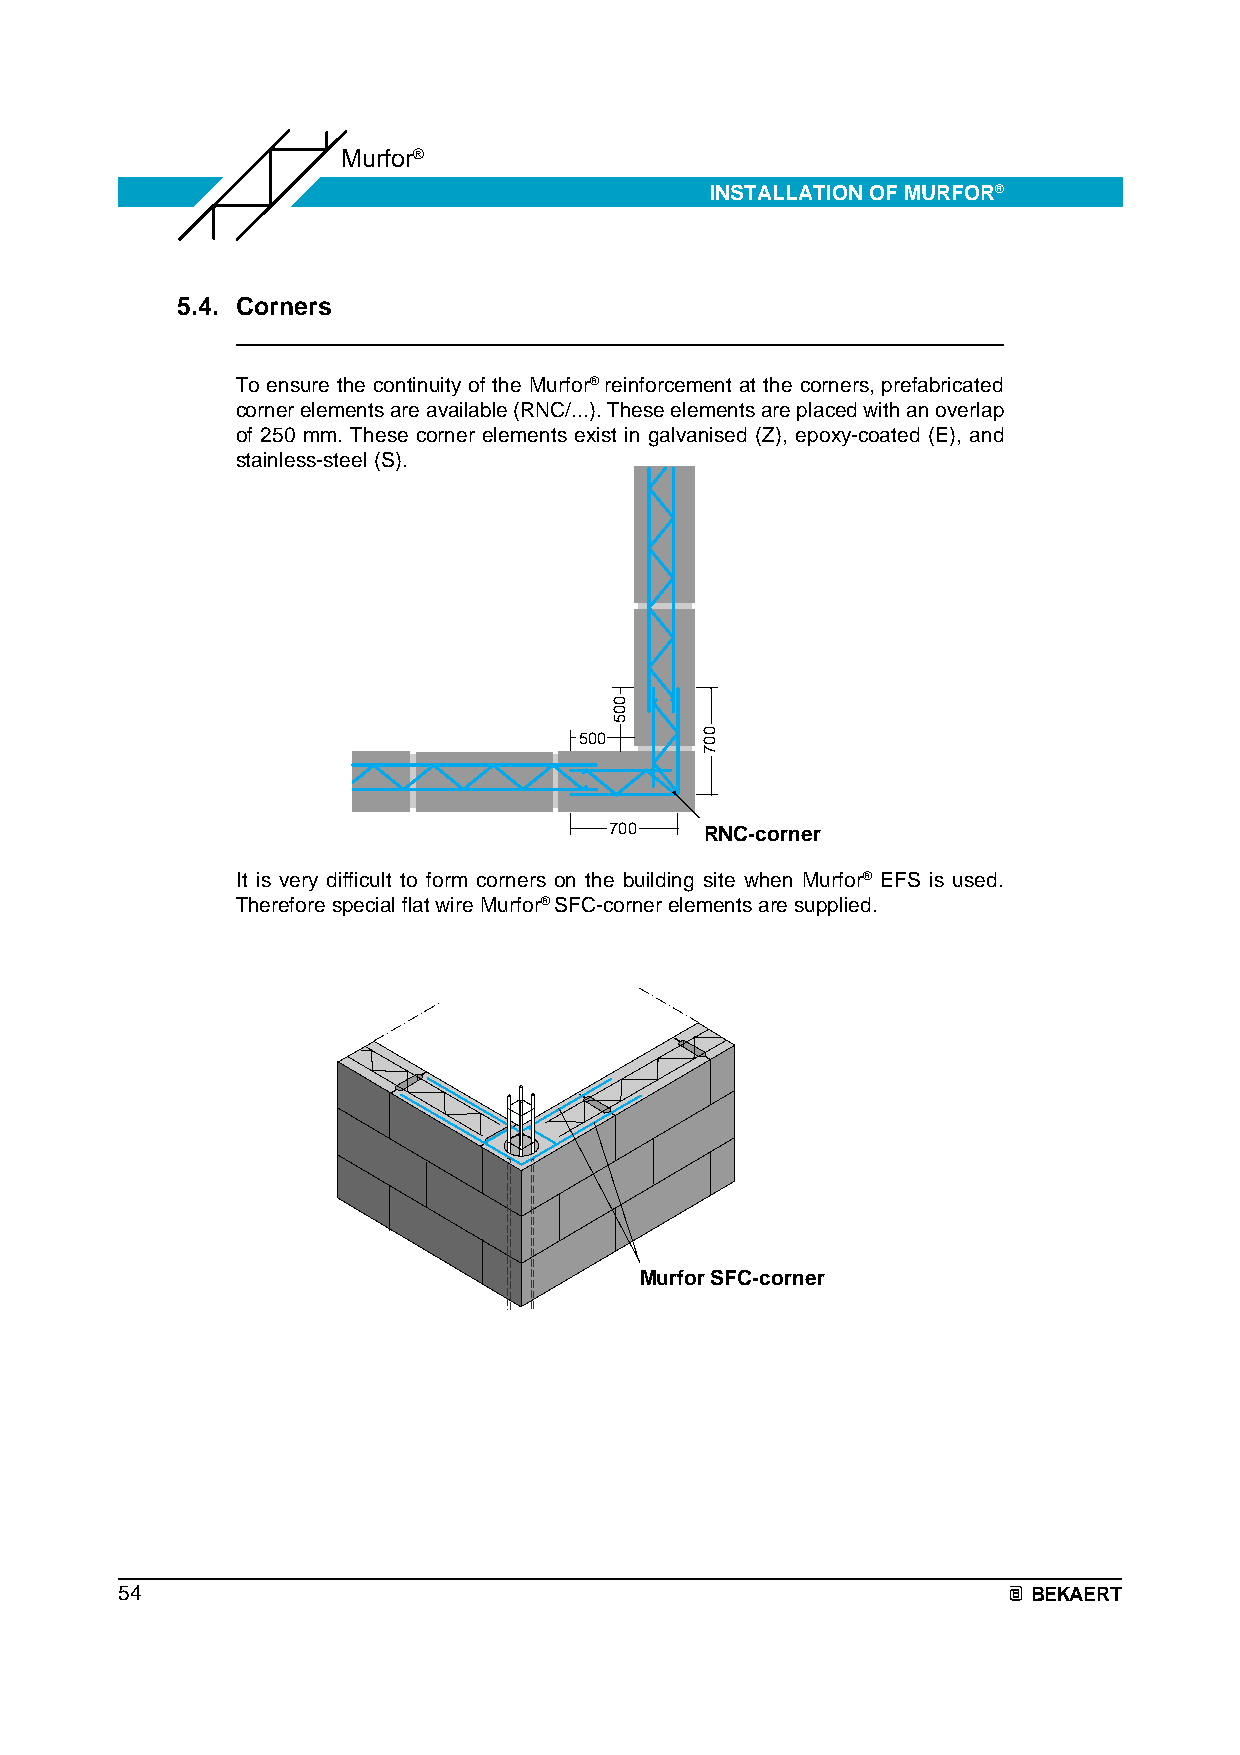
Murfor®
 INSTALLATION OF MURFOR®
 5.4. Corners
 To ensure the continuity of the Murfor® reinforcement at the corners, prefabricated
 corner elements are available (RNC/...). These elements are placed with an overlap
 of 250 mm. These corner elements exist in galvanised (Z), epoxy-coated (E), and
 stainless-steel (S).
 500
 700    RRNNCC-corner
 It is very difficult to form corners on the building site when Murfor® EFS is used.
 Therefore special flat wire Murfor® SFC-corner elements are supplied.
 Murfor SFC-corner
 54                                                          BEKAERT
 005
 007